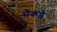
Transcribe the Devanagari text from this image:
सैंकड़े